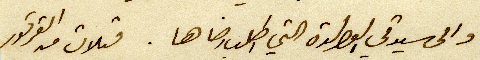
والى سيدتي الوالدة التي اطلب رضاها. قبلات من القرقور